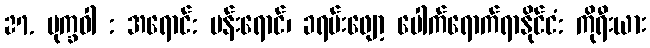
27. မုက္ခဝါ : အရောင်: ပန်းရောင်၊ ခရမ်းဖျော့ ပေါက်ရောက်ရာနိုင်ငံ: ကိုရီးယား